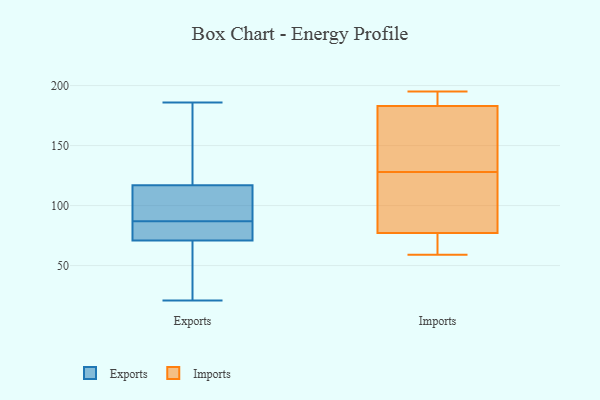
{"axis": {"x": "Energy Usage (MWh)", "y": "Value"}, "legend": ["Exports", "Imports"], "data": [{"x": "", "y": 85, "type": "Exports"}, {"x": "", "y": 61, "type": "Exports"}, {"x": "", "y": 178, "type": "Exports"}, {"x": "", "y": 89, "type": "Exports"}, {"x": "", "y": 117, "type": "Exports"}, {"x": "", "y": 79, "type": "Exports"}, {"x": "", "y": 77, "type": "Exports"}, {"x": "", "y": 108, "type": "Exports"}, {"x": "", "y": 92, "type": "Exports"}, {"x": "", "y": 83, "type": "Exports"}, {"x": "", "y": 21, "type": "Exports"}, {"x": "", "y": 95, "type": "Exports"}, {"x": "", "y": 55, "type": "Exports"}, {"x": "", "y": 29, "type": "Exports"}, {"x": "", "y": 146, "type": "Exports"}, {"x": "", "y": 186, "type": "Exports"}, {"x": "", "y": 171, "type": "Exports"}, {"x": "", "y": 71, "type": "Exports"}, {"x": "", "y": 118, "type": "Imports"}, {"x": "", "y": 195, "type": "Imports"}, {"x": "", "y": 81, "type": "Imports"}, {"x": "", "y": 76, "type": "Imports"}, {"x": "", "y": 171, "type": "Imports"}, {"x": "", "y": 187, "type": "Imports"}, {"x": "", "y": 64, "type": "Imports"}, {"x": "", "y": 194, "type": "Imports"}, {"x": "", "y": 59, "type": "Imports"}, {"x": "", "y": 170, "type": "Imports"}, {"x": "", "y": 128, "type": "Imports"}]}